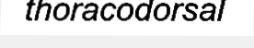
thoracodorsal